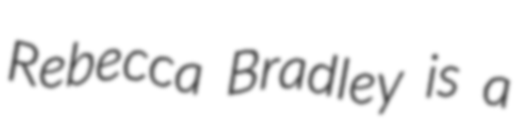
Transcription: Rebecca Bradley is a